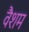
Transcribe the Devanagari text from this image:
वैशम